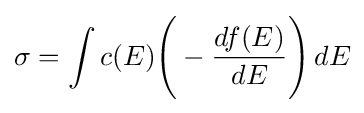
\sigma =\int c(E){\Bigg (}-{\frac {df(E)}{dE}}{\Bigg )}\,dE